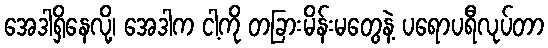
အေဒါရှိနေလို့၊ အေဒါက ငါ့ကို တခြားမိန်းမတွေနဲ့ ပရောပရီလုပ်တာ